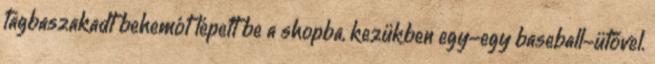
tagbaszakadt behemót lépett be a shopba, kezükben egy-egy baseball-ütővel.